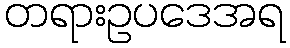
တရားဥပဒေအရ